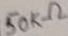
Text: 50KΩ